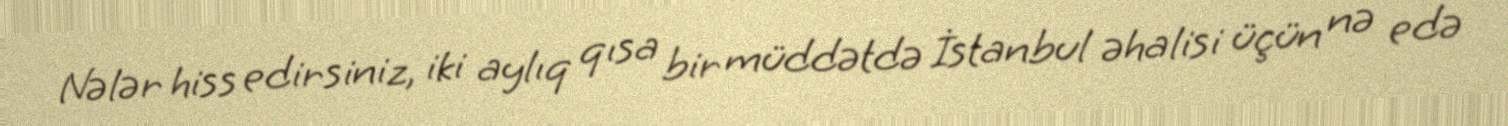
Nələr hiss edirsiniz, iki aylıq qısa bir müddətdə İstanbul əhalisi üçün nə edə